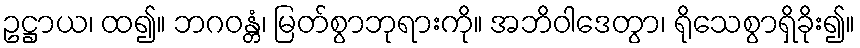
ဥဋ္ဌာယ၊ ထ၍။ ဘဂဝန္တံ၊ မြတ်စွာဘုရားကို။ အဘိဝါဒေတွာ၊ ရိုသေစွာရှိခိုး၍။